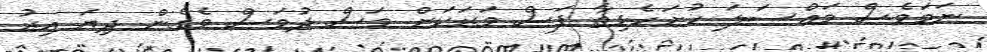
ނަމަވެސް މައްސަލަ ހުށަހެޅިތާ ފަސް ވަރަކަށް މަސް ދުވަސް ވެގެން ދިޔަ އިރު